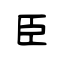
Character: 臣